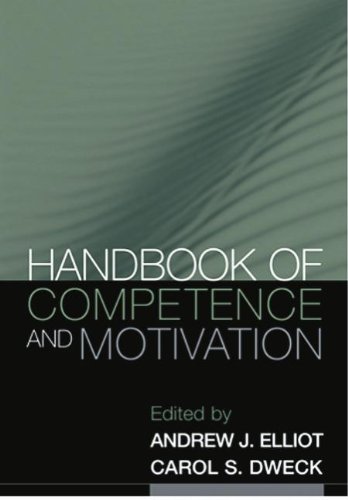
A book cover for Handbook of Competence and Motivation; Health, Fitness & Dieting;